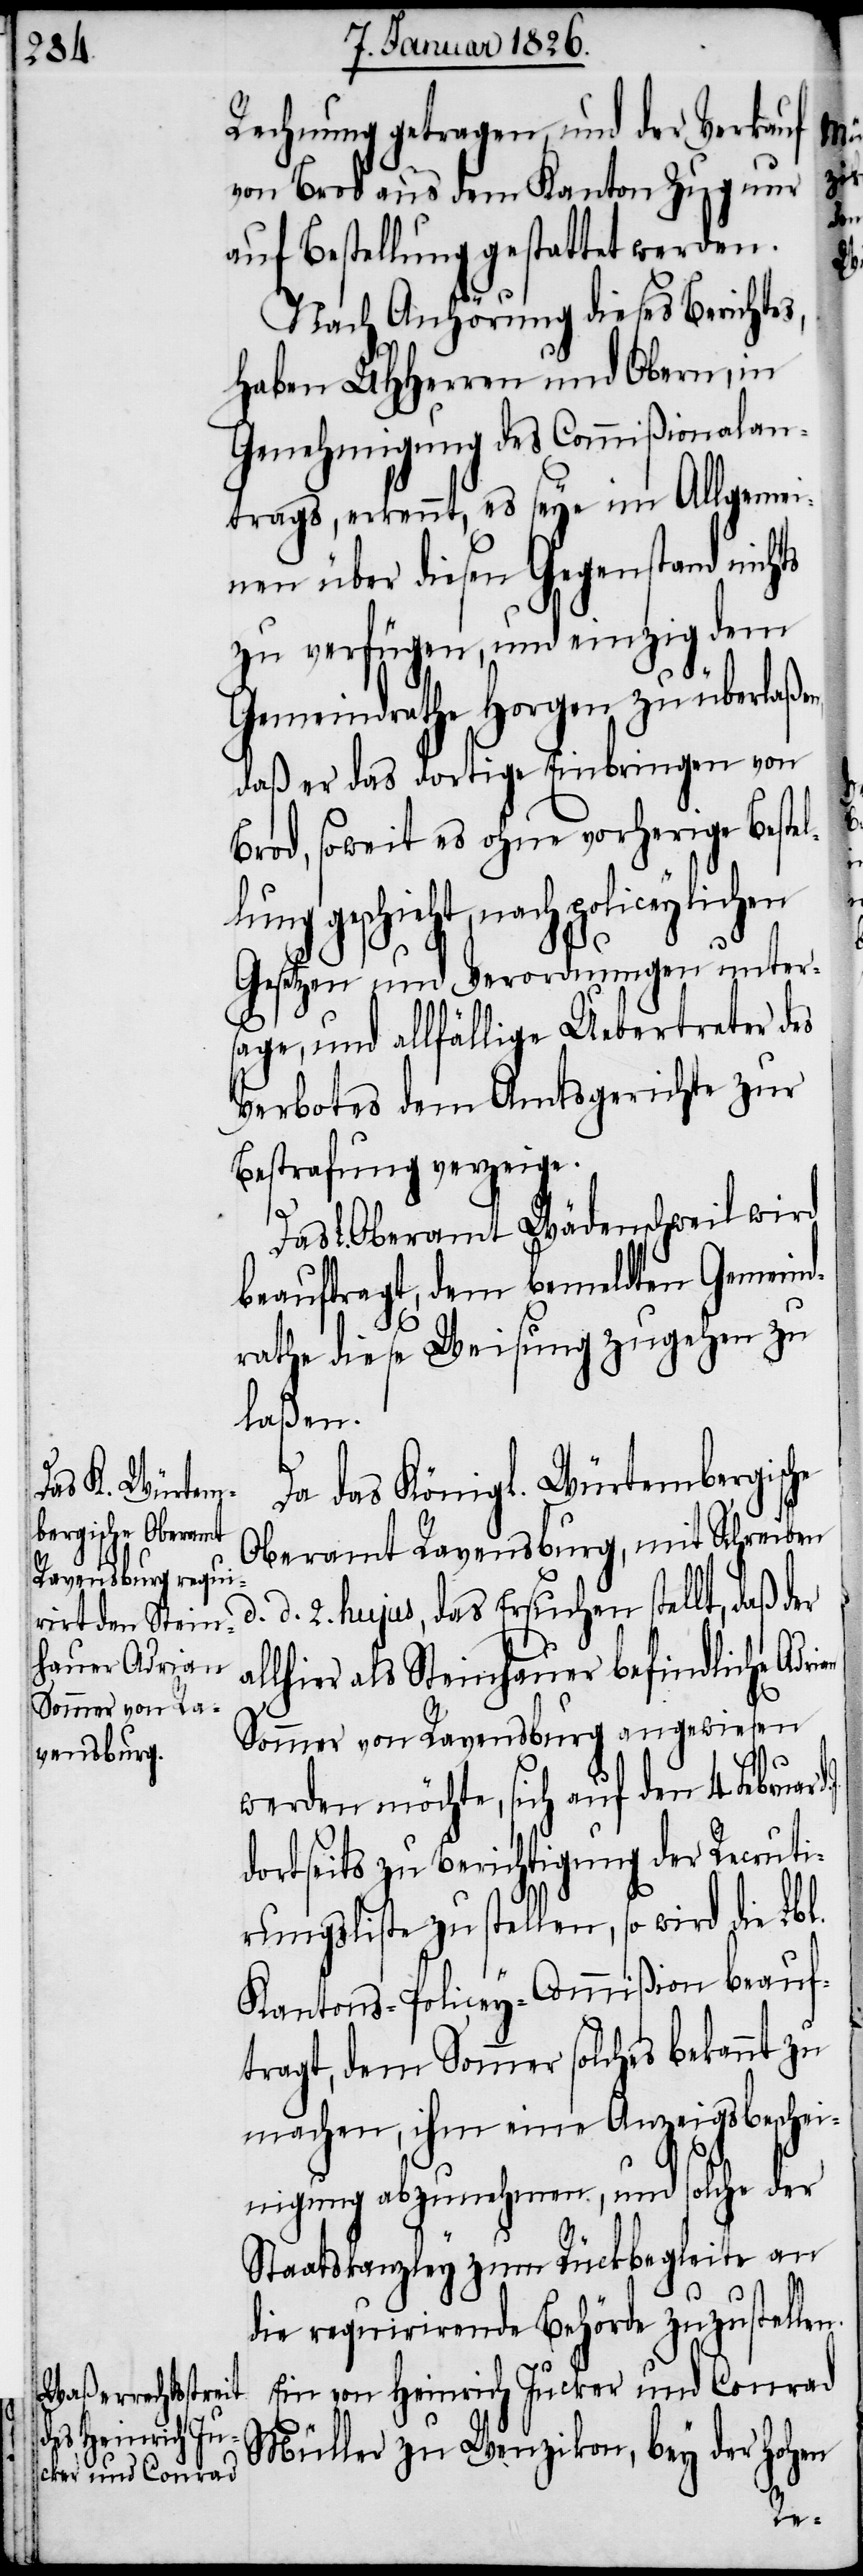
Rechnung getragen, und der Verkauf
von Brod aus dem Kanton Zug nur
auf Bestellung gestattet werden.
Nach Anhörung dieses Berichtes,
haben UHHerren und Obern, in
Genehmigung des Commißionalan¬
trags, erkennt, es seye im Allgemei¬
nen über diesen Gegenstand nichts
zu verfügen, und einzig dem
Gemeindrathe Horgen zu überlaßen,
daß er das dortige Einbringen von
Brod, soweit es ohne vorherige Bestel¬
lung geschieht, nach policeylichen
Gesetzen und Verordnungen unters¬
age, und allfällige Uebertreter des
Verbotes dem Amtsgerichte zur
Bestrafung verzeige.
L. Oberamt Wädenschweil wird
beauftragt, dem bemeldten Gemeind¬
rathe diese Weisung zugehen zu
laßen.
Da das Königl. Würtembergische
Oberamt Ravensburg, mit Schreiben
d. 2. hujus, das Ersuchen stellt, daß der
allhier als Steinhauer befindliche Adr¬
d.
Sommer von Ravensburg angewiesen
werden möchte, sich auf den 4. Februar
dortseits zu Berichtigung der Recruti¬
rungsliste zu stellen, so wird die Lbl.
Kantons-Policey-Commißion beauf¬
tragt, dem Sommer solches bekannt zu
machen, ihm eine Anzeigsbeschei¬
nigung abzunehmen, und solche der
Staatskanzley zum Rückbegleite an
die requirirende Behörde zuzustellen.
Ein von Heinrich Jucker und Conrad
Müller zu Wenzikon, bey der Hohen

ian